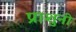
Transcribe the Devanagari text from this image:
प्राशुनी